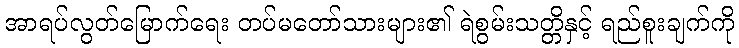
အာရပ်လွတ်မြောက်ရေး တပ်မတော်သားများ၏ ရဲစွမ်းသတ္တိနှင့် ရည်စူးချက်ကို